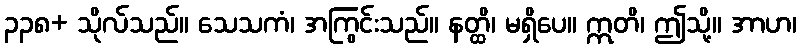
၃၃၈+ သိုလ်သည်။ သေသကံ၊ အကြွင်းသည်။ နတ္ထိ၊ မရှိပေ။ ဣတိ၊ ဤသို့။ အာဟ၊